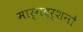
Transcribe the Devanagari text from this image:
मार्गदर्शनों